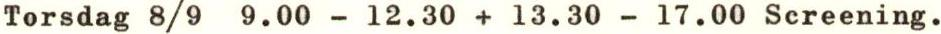
Torsdag 8/9 9.00 - 12.30 + 13.30 - 17.00 Screening.